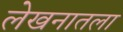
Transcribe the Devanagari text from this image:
लेखनातला